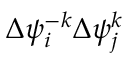
\Delta { { \psi } _ { i } ^ { - k } } \Delta { \psi } _ { j } ^ { k }